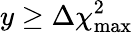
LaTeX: y\ge\Delta\chi_{\mathrm{max}}^{2}